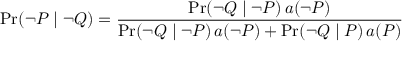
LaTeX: \operatorname* { P r } ( \lnot P \mid \lnot Q ) = { \frac { \operatorname* { P r } ( \lnot Q \mid \lnot P ) \, a ( \lnot P ) } { \operatorname* { P r } ( \lnot Q \mid \lnot P ) \, a ( \lnot P ) + \operatorname* { P r } ( \lnot Q \mid P ) \, a ( P ) } }